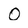
Character: O